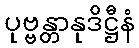
ပုဗ္ဗန္တာနုဒိဋ္ဌီနံ